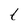
Character: t